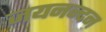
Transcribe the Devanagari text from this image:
जयनन्दन